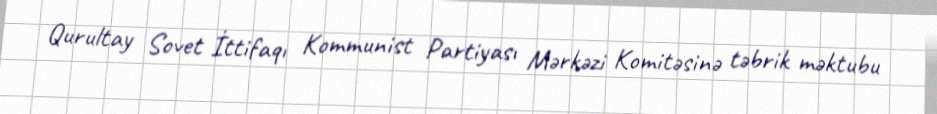
Qurultay Sovet İttifaqı Kommunist Partiyası Mərkəzi Komitəsinə təbrik məktubu